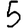
Digit: 5